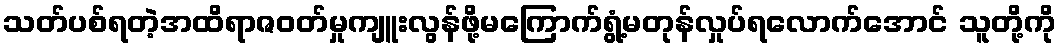
သတ်ပစ်ရတဲ့အထိရာဇဝတ်မှုကျူးလွန်ဖို့မကြောက်ရွံ့မတုန်လှုပ်ရလောက်အောင် သူတို့ကို